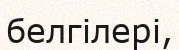
белгілері,